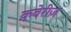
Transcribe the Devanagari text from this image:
क़्वेरीज़